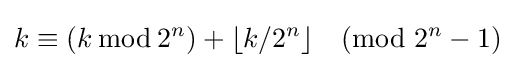
k\equiv (k\,{\bmod {\,}}2^{n})+\lfloor k/2^{n}\rfloor {\pmod {2^{n}-1}}